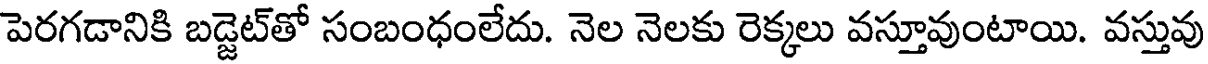
పెరగడానికి బడ్జెట్తో సంబంధంలేదు. నెల నెలకు రెక్కలు వస్తూవుంటాయి. వస్తువు